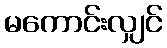
မကောင်းလျှင်